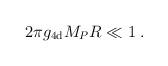
LaTeX: \begin{align*}2 \pi g_{\rm 4d} M_P R \ll 1 \;.\end{align*}